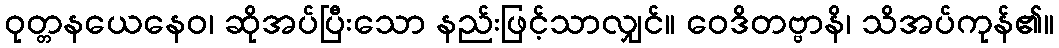
ဝုတ္တနယေနေဝ၊ ဆိုအပ်ပြီးသော နည်းဖြင့်သာလျှင်။ ဝေဒိတဗ္ဗာနိ၊ သိအပ်ကုန်၏။